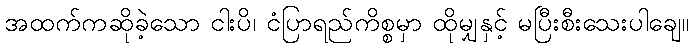
အထက်ကဆိုခဲ့သော ငါးပိ၊ ငံပြာရည်ကိစ္စမှာ ထိုမျှနှင့် မပြီးစီးသေးပါချေ။